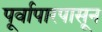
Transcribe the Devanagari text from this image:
पूर्वापारपासून